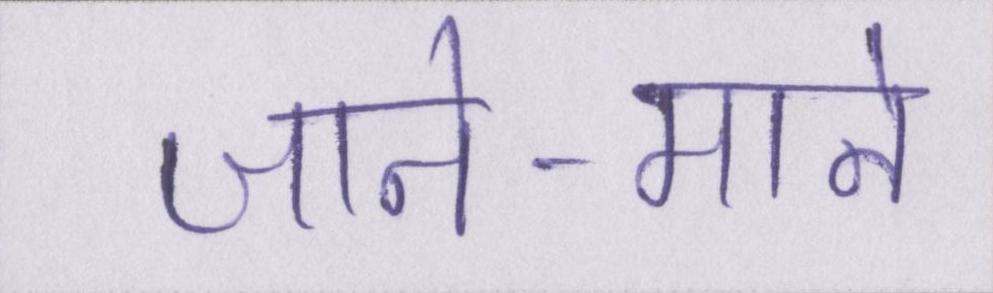
जाने-माने